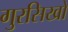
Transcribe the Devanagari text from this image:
गुरसिखों